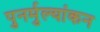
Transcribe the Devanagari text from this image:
पुनर्मुल्यांकन